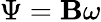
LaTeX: \Psi=\mathbf{B}\omega